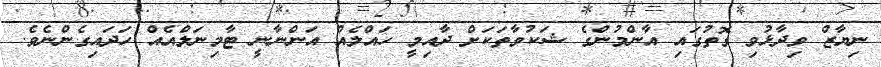
ނިޔާޒް ވިދާޅުވި ގޮތުގައި އާންމުންގެ ޝަކުވާތަކަށް ދާއިމީ ހައްލެއް އަންނާނީ ޓާމިނަލްއެއް ހަދައިގެންނެވެ.